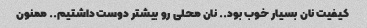
کیفیت نان بسیار خوب بود.. نان محلی رو بیشتر دوست داشتیم.. ممنون